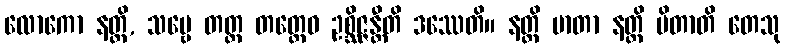
လောကော နတ္ထိ, သဗ္ဗေ တတ္ထ တတ္ထေဝ ဥစ္ဆိဇ္ဇန္တီတိ ဒဿေတိ။ နတ္ထိ မာတာ နတ္ထိ ပိတာတိ တေသု